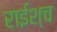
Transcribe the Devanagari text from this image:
राईश्च